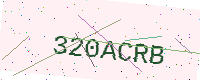
Text: 320ACRB